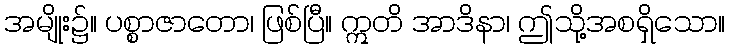
အမျိုး၌။ ပစ္စာဇာတော၊ ဖြစ်ပြီ။ ဣတိ အာဒိနာ၊ ဤသို့အစရှိသော။